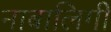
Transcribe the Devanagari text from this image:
नाबालिगी